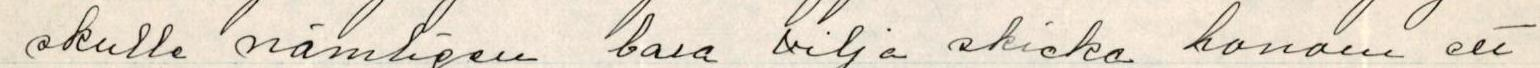
skulle nämligen bara vilja skicka honom ett